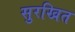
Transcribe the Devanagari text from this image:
सुरखित